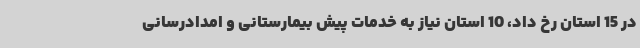
در 15 استان رخ داد، 10 استان نیاز به خدمات پیش بیمارستانی و امدادرسانی